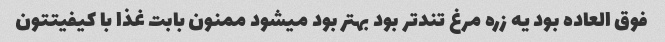
فوق العاده بود یه زره مرغ تندتر بود بهتر بود میشود ممنون بابت غذا با کیفیتتون